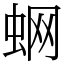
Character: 蛧